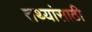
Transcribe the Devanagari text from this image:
तथ्यांसाठी